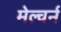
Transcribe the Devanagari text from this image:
मेल्वर्न